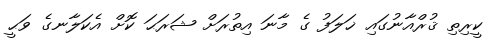
ކީރިތި ޤުރްއާނުގައި ޚަލަފު ގެ މާނަ އިތުރަށް ޝަރަޙަ ކޮށް އެކަލާނގެ ވަޙީ